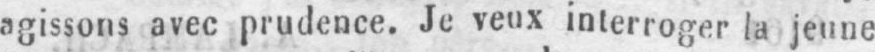
agissons avec prudence. Je veux interroger la jeune